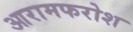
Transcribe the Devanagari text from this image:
आरामफरोश